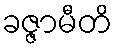
ခဇ္ဇာမီတိ